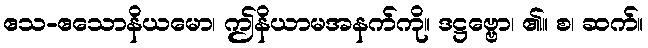
ဧသ-ဧသောနိယမော၊ ဤနိယာမအနက်ကို။ ဒဋ္ဌဗ္ဗော၊ ၏။ စ၊ ဆက်။